Mental hospitals Bombay report 1921-28 - 1921-1928
Year: 1921
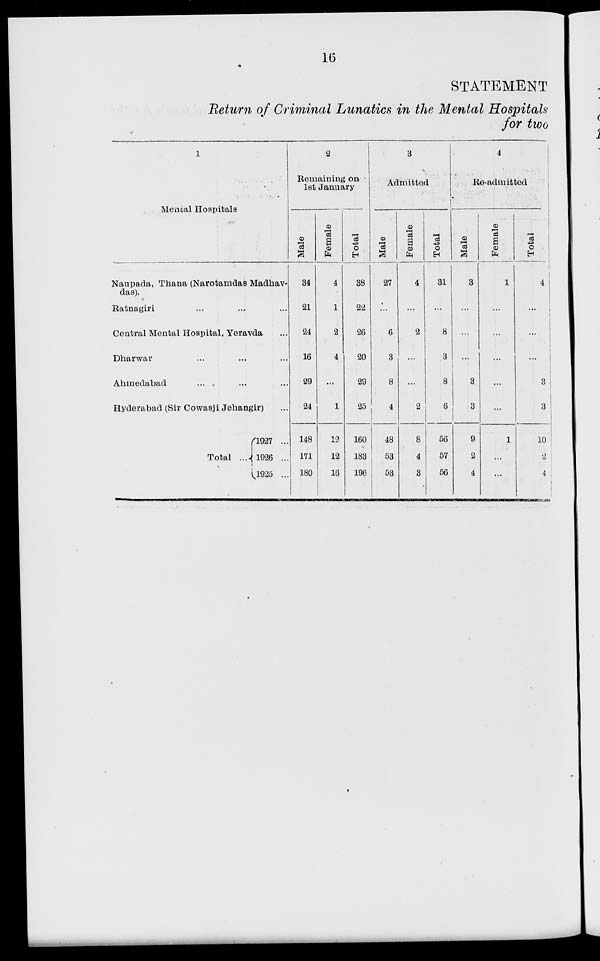
16
STATEMENT
Return of Criminal Lunatics in the Mental Hospitals
for two
1
Mental Hospitals
Naupada, Thana (Narotamdas Madhav-
das)
Ratnagiri ... ... ...
Central Mental Hospital, Yeravda ...
Dharwar ... ... ...
Ahmedabad ... ... ...
Hyderabad (Sir Cowasji Jehangir) ...
Total ...
1927 ...
1926 ...
1925 ...
2
Remaining on
1st January
Male
34
21
24
16
29
24
148
171
180
Female
4
1
2
4
...
1
12
12
16
Total
38
22
26
20
29
25
160
183
196
3
Admitted
Male
27
...
6
3
8
4
48
53
53
Female
4
...
2
...
...
2
8
4
3
Total
31
...
8
3
8
6
56
57
56
4
Re-admitted
Male
3
...
...
...
3
3
9
2
4
Female
1
...
...
...
...
...
1
...
...
Total
4
...
...
...
3
3
10
2
4